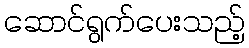
ဆောင်ရွက်ပေးသည့်